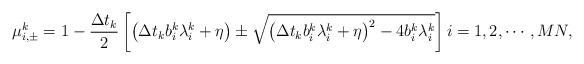
LaTeX: \begin{align*}\mu^{k}_{i,\pm} = 1- \frac{\Delta t_k}{2} \left[ \left( \Delta t_k b^{k}_i \lambda^{k}_i + \eta \right) \pm \sqrt{\left( \Delta t_k b^{k}_i \lambda^{k}_i + \eta \right)^2 - 4 b^{k}_i\lambda^{k}_i} \right] i=1,2,\cdots, MN,\end{align*}